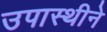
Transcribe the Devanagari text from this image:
उपास्थीने